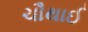
ચૌથાઈ